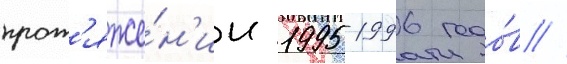
прот'яже́н'ии 1995-1996 годо́в //